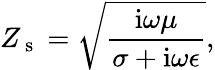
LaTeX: Z_{\mathrm{~s~}}=\sqrt{\frac{\mathrm{i}\omega\mu}{\sigma+\mathrm{i}\omega\epsilon}},